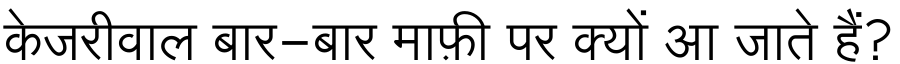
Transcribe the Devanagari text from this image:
केजरीवाल बार-बार माफ़ी पर क्यों आ जाते हैं?